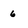
Character: 6